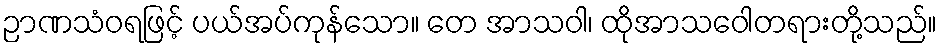
ဉာဏသံဝရဖြင့် ပယ်အပ်ကုန်သော။ တေ အာသဝါ၊ ထိုအာသဝေါတရားတို့သည်။